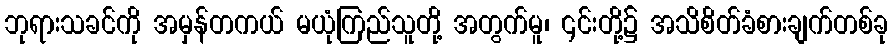
ဘုရားသခင်ကို အမှန်တကယ် မယုံကြည်သူတို့ အတွက်မူ၊ ၎င်းတို့၌ အသိစိတ်ခံစားချက်တစ်ခု